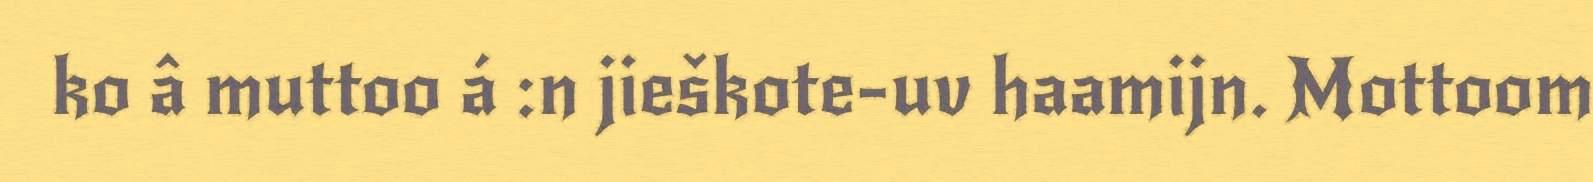
ko â muttoo á :n jieškote-uv haamijn. Mottoom